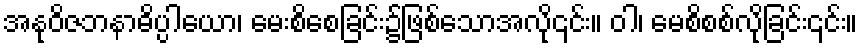
အနုဝိဇဘနာဓိပ္ပါယော၊ မေးစိစေခြင်း၌ဖြစ်သောအလို၎င်း။ ဝါ၊ မေစိစစ်လိုခြင်း၎င်း။